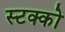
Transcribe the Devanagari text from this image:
स्टक्को